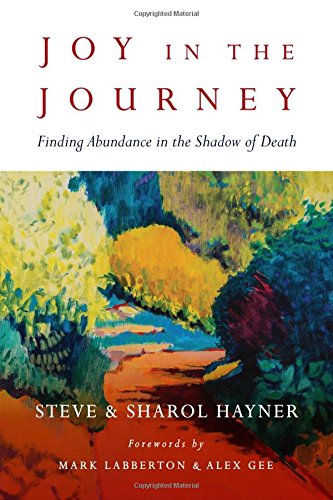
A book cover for Joy in the Journey: Finding Abundance in the Shadow of Death; Steve Hayner; Self-Help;